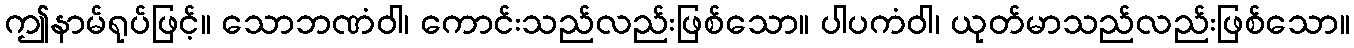
ဤနာမ်ရုပ်ဖြင့်။ သောဘဏံဝါ၊ ကောင်းသည်လည်းဖြစ်သော။ ပါပကံဝါ၊ ယုတ်မာသည်လည်းဖြစ်သော။